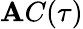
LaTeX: \mathbf{A}C(\tau)